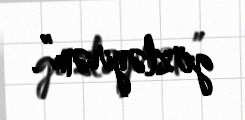
gözləyirəm”.